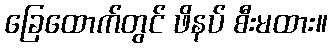
ခြေထောက်တွင် ဖိနပ် စီးမထား။